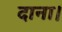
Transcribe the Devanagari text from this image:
दाना।